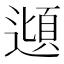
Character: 𮟂